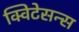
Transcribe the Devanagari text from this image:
क्विटेसन्स